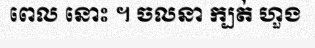
ពេល នោះ ។ ចលនា ក្បត់ ហួង